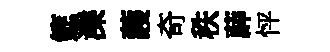
筵濼䕶奇秩薜怦